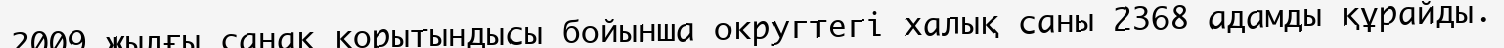
2009 жылғы санақ қорытындысы бойынша округтегі халық саны 2368 адамды құрайды.